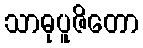
သာဓုပူဇိတော